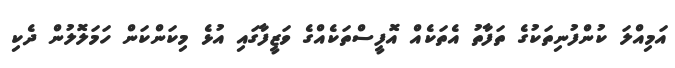
އަމިއްލަ ކުންފުނިތަކުގެ ތަފާތު އެތަކެއް އޮފީސްތަކެއްގެ ވަޒީފާގައި އުޅެ މިކަންކަން ހަމަލޮލުން ދެކި